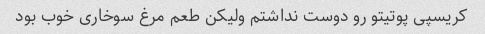
کریسپی پوتیتو رو دوست نداشتم ولیکن طعم مرغ سوخاری خوب بود